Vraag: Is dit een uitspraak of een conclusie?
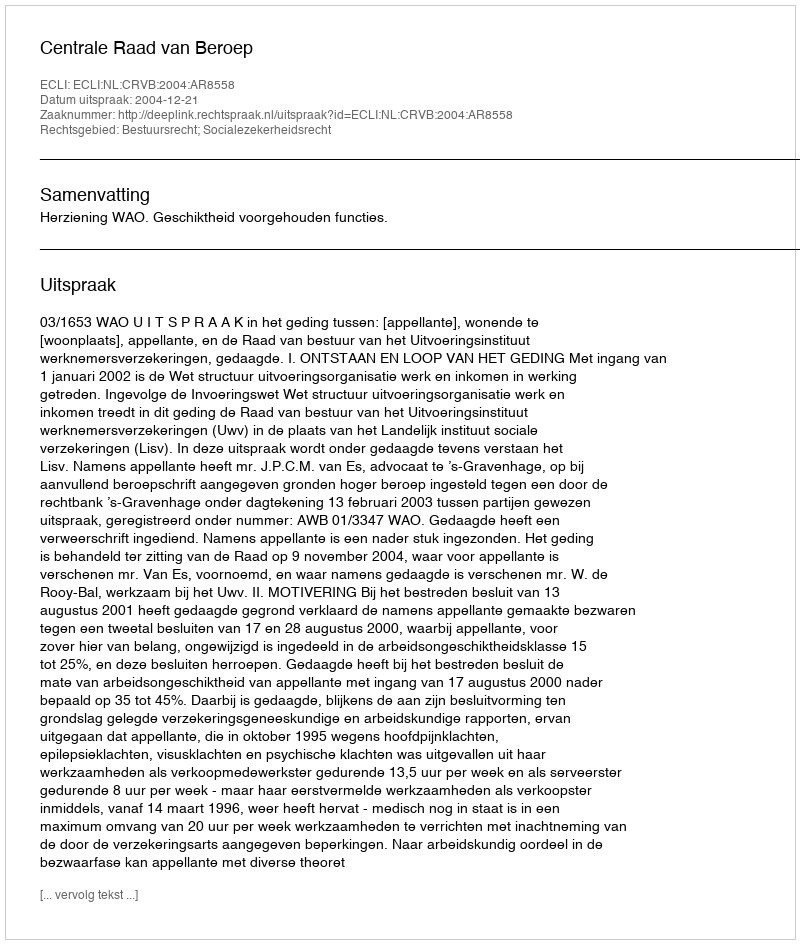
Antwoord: Uitspraak